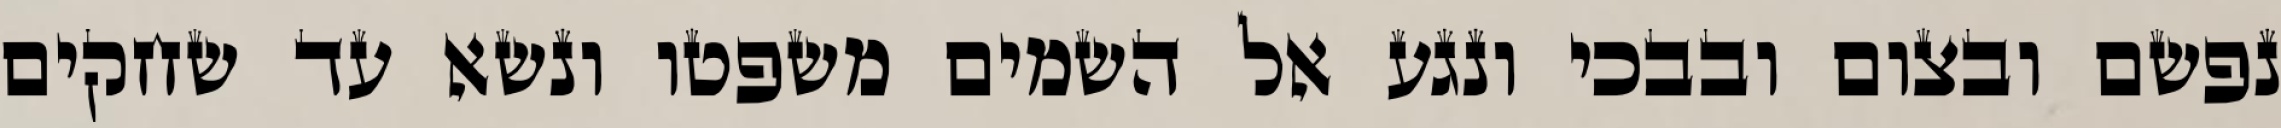
נפשם ובצום ובבכי ונגע אל השמים משפטו ונשא עד שחקים